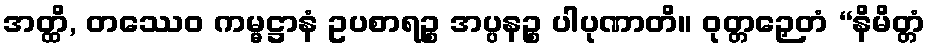
အတ္ထိ, တဿေဝ ကမ္မဋ္ဌာနံ ဥပစာရဉ္စ အပ္ပနဉ္စ ပါပုဏာတိ။ ဝုတ္တဉှေတံ “နိမိတ္တံ